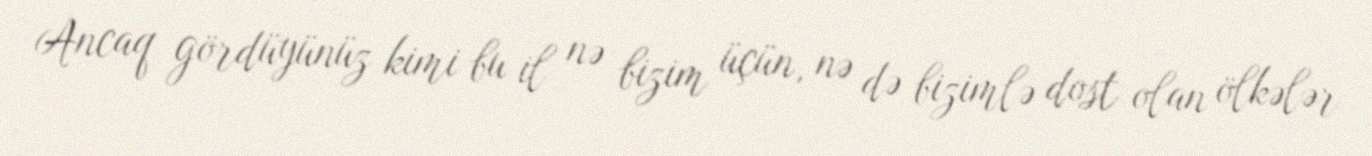
Ancaq gördüyünüz kimi bu il nə bizim üçün, nə də bizimlə dost olan ölkələr